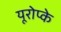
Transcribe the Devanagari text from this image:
यूरोप्के